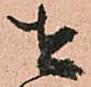
せ